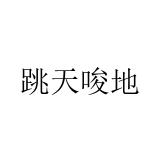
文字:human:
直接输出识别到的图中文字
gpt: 跳天唆地